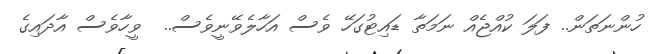
ހުންނަތަން.. ފަލަ ކުއްޖެއް ނަމަތާ ޑައިޓުގަހޭ ވެސް އަހާލެވޭނީވެސް..  ވީހާވެސް އާދައިގެ